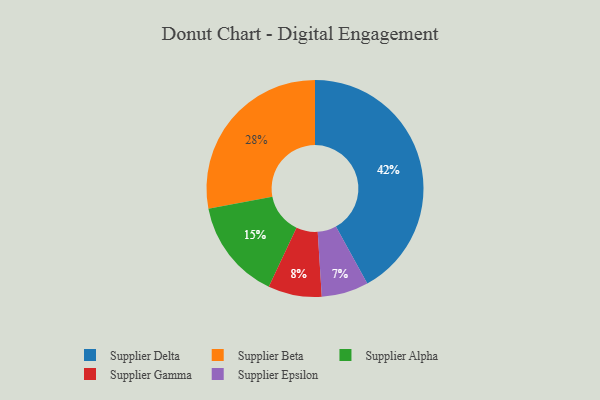
{"axis": {"x": "Category", "y": "Percentage"}, "legend": ["Supplier Alpha", "Supplier Beta", "Supplier Delta", "Supplier Epsilon", "Supplier Gamma"], "data": [{"x": "Supplier Gamma", "y": 8, "type": "Supplier Gamma"}, {"x": "Supplier Alpha", "y": 15, "type": "Supplier Alpha"}, {"x": "Supplier Beta", "y": 28, "type": "Supplier Beta"}, {"x": "Supplier Delta", "y": 42, "type": "Supplier Delta"}, {"x": "Supplier Epsilon", "y": 7, "type": "Supplier Epsilon"}]}